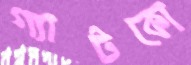
গ্যাটকো